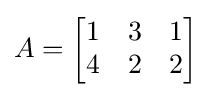
A={\begin{bmatrix}1&3&1\\4&2&2\end{bmatrix}}